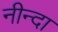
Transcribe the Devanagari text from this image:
नीन्दा